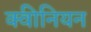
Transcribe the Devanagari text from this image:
क्वीनियन